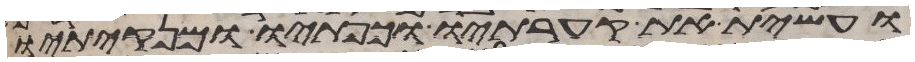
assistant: ועשית את קערתיו וכפתיו ומנקיתיו